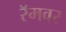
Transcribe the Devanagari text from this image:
रॅमवर